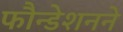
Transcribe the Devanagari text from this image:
फौन्डेशनने